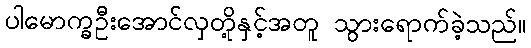
ပါမောက္ခဦးအောင်လှတို့နှင့်အတူ သွားရောက်ခဲ့သည်။